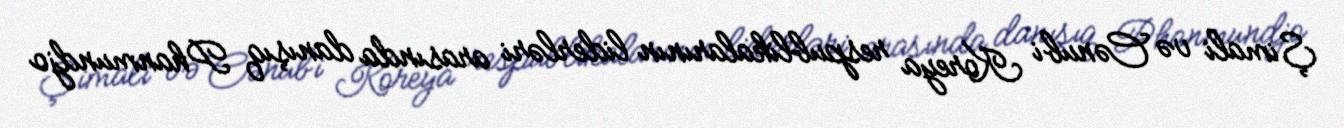
Şimali və Cənubi Koreya respublikalarının liderləri arasında danışıq Phanmundjo